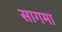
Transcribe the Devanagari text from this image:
सागमा